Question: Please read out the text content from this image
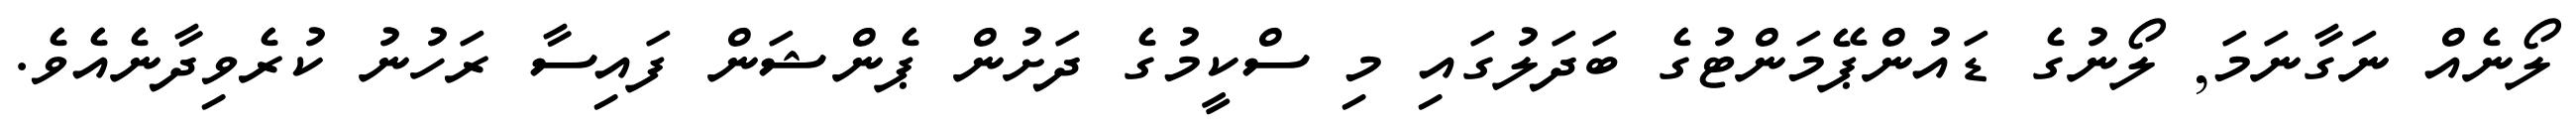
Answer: ލޯނެއް ނަގާނަމަ, ލޯނުގެ ޑައުންޕޭމަންޓުގެ ބަދަލުގައި މި ސްކީމުގެ ދަށުން ޕެންޝަން ފައިސާ ރަހުނު ކުރެވިދާނެއެވެ.